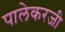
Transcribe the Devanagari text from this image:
पालेकरजी